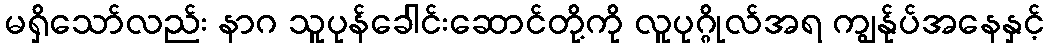
မရှိသော်လည်း နာဂ သူပုန်ခေါင်းဆောင်တို့ကို လူပုဂ္ဂိုလ်အရ ကျွန်ုပ်အနေနှင့်